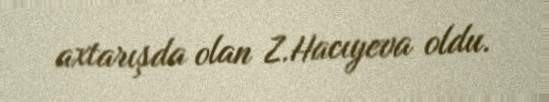
axtarışda olan Z.Hacıyeva oldu.